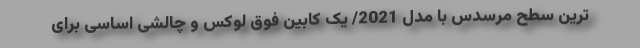
ترین سطح مرسدس با مدل 2021/ یک کابین فوق لوکس و چالشی اساسی برای